Civil Veterinary Department Bihar reports 1936-40 - 1936-1940
Year: 1936
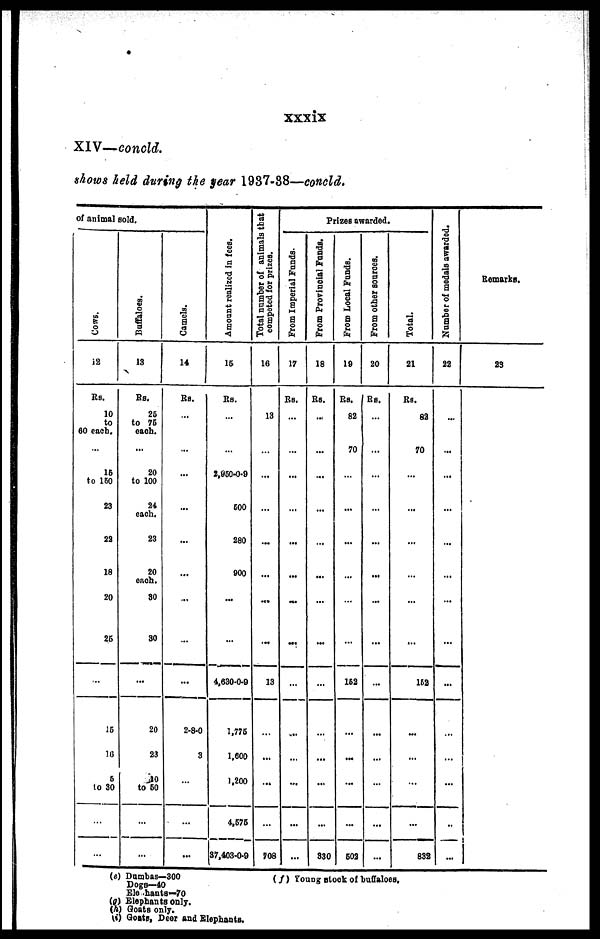
xxxix
XIV—concld.
shows held during the year 1937-38—concld.
of animal sold.
Cows.
12
Rs.
10
to
60 each.
...
16
to 150
23
22
18
20
25
...
15
10
5
to 30
...
...
Buffaloes.
13
Rs.
25
to 75
each.
...
20
to 100
24
each.
23
20
ench.
80
30
...
20
23
10
to 60
...
...
Camels.
14
Rs.
...
...
...
...
...
...
...
...
...
2-8-0
3
...
...
...
Amount realized in fees.
15
Rs.
...
...
2,950-0-9
600
280
900
...
...
4,630-0-9
1,776
1,600
1,200
4,676
37,403-0-9
Total number of animals that
competed for prizes.
16
13
...
...
...
...
...
...
...
13
...
...
...
...
708
Prizes awarded.
From Imperial Funds.
17
Rs.
...
...
...
...
...
...
...
...
...
...
...
...
...
...
From Provincial Funds.
18
Rs.
...
...
...
...
...
...
...
...
...
...
...
...
...
330
From Local Funds.
19
Rs.
82
70
...
...
...
...
...
...
153
...
...
...
...
502
From other sources.
20
Rs.
...
...
...
...
...
...
...
...
...
...
...
...
...
Total.
21
Rs.
82
70
...
...
...
...
...
...
152
...
...
...
...
832
Number of medals awarded.
22
...
...
...
...
...
...
...
...
...
...
...
...
..
...
Remarks.
23
(e) Dumbas—300
Dogs—40
Elephants—70
(g) Elephants only.
(h) Goats only.
(i) Goats, Dear and Elephants.
(f) Young stock of buffaloes.